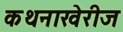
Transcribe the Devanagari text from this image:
कथनाखेरीज